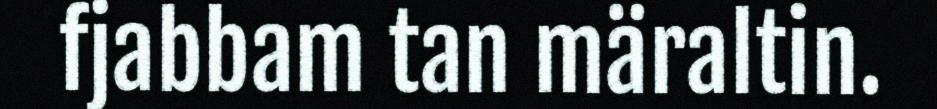
fjabbam tan märaltin.